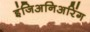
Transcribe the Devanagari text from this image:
इंजिअनिअरिंग